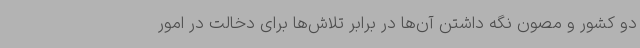
دو کشور و مصون نگه داشتن آن‌ها در برابر تلاش‌ها برای دخالت در امور